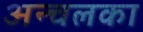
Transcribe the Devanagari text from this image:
अन्चलका